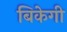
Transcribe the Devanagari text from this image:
बिकेगी